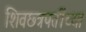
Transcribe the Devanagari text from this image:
शिवछ्त्रपतींच्या